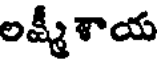
లక్ష్మీ శాయ